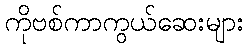
ကိုဗစ်ကာကွယ်ဆေးများ